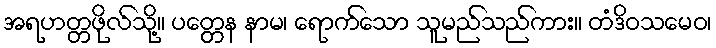
အရဟတ္တဖိုလ်သို့။ ပတ္တေန နာမ၊ ရောက်သော သူမည်သည်ကား။ တံဒိဝသမေဝ၊